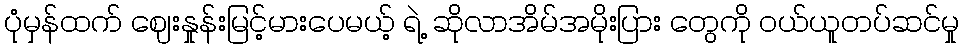
ပုံမှန်ထက် ဈေးနှုန်းမြင့်မားပေမယ့် ရဲ့ ဆိုလာအိမ်အမိုးပြား တွေကို ဝယ်ယူတပ်ဆင်မှု